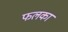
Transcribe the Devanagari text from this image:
फलका